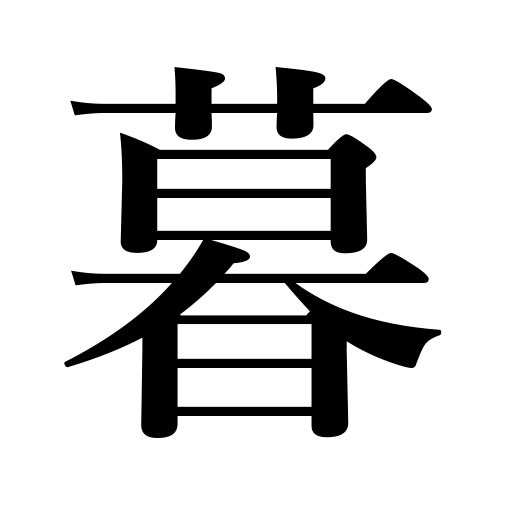
Meanings: live,make a living,spend one's time,be overwhelmed,the season ends,get dark,time passes,the sun sets